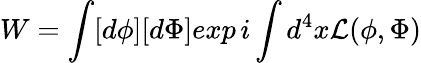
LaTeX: W=\int[d\phi][d\Phi]exp\, i\int d^{4}x{\cal L}(\phi,\Phi)